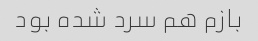
بازم هم سرد شده بود